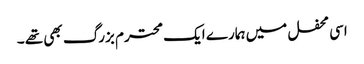
اسی محفل میں ہمارے ایک محترم بزرگ بھی تھے ۔